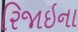
રિજાઇના